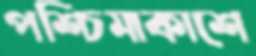
পশ্চিমাকাশে